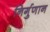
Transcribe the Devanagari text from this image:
निर्गुणान